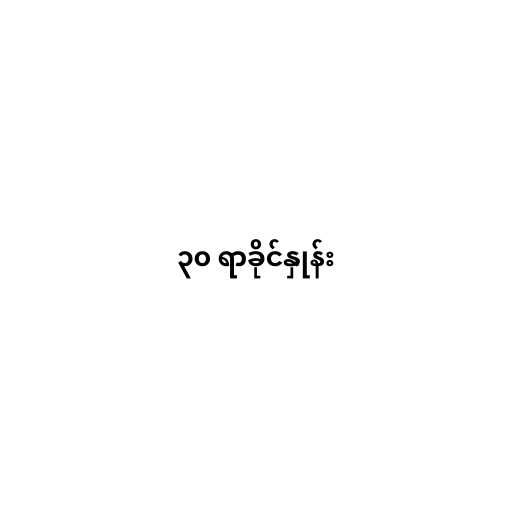
၃၀ ရာခိုင်နှုန်း